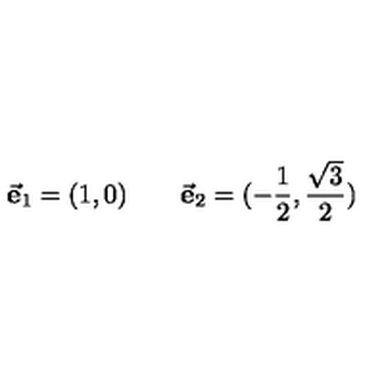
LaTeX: \vec { \mathrm { \bf e } } _ { 1 } = ( 1 , 0 ) \qquad \vec { \mathrm { \bf e } } _ { 2 } = ( - { \frac { 1 } { 2 } } , { \frac { \sqrt { 3 } } { 2 } } )